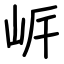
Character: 㟁